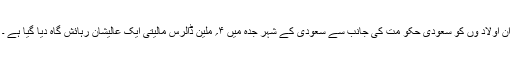
ان اولاد وں کو سعودی حکو مت کی جانب سے سعودی کے شہر جدہ میں ۴؍ ملین ڈالرس مالیتی ایک عالیشان رہائش گاہ دیا گیا ہے ۔